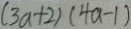
( 3 a + 2 ) ( 4 a - 1 )